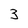
Character: 3